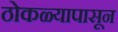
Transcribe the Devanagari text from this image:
ठोकळ्यापासून